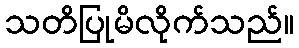
သတိပြုမိလိုက်သည်။